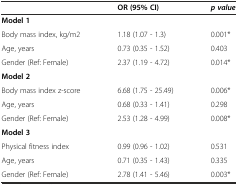
<table><thead><tr><td></td><td><b>OR (95% CI)</b></td><td><b><i>p value</i></b></td></tr></thead><tbody><tr><td><b>Model 1</b></td><td></td><td></td></tr><tr><td>Body mass index, kg/m2</td><td>1.18 (1.07 - 1.3)</td><td>0.001*</td></tr><tr><td>Age, years</td><td>0.73 (0.35 - 1.52)</td><td>0.403</td></tr><tr><td>Gender (Ref: Female)</td><td>2.37 (1.19 - 4.72)</td><td>0.014*</td></tr><tr><td><b>Model 2</b></td><td></td><td></td></tr><tr><td>Body mass index z-score</td><td>6.68 (1.75 - 25.49)</td><td>0.006*</td></tr><tr><td>Age, years</td><td>0.68 (0.33 - 1.41)</td><td>0.298</td></tr><tr><td>Gender (Ref: Female)</td><td>2.53 (1.28 - 4.99)</td><td>0.008*</td></tr><tr><td><b>Model 3</b></td><td></td><td></td></tr><tr><td>Physical fitness index</td><td>0.99 (0.96 - 1.02)</td><td>0.531</td></tr><tr><td>Age, years</td><td>0.71 (0.35 - 1.43)</td><td>0.335</td></tr><tr><td>Gender (Ref: Female)</td><td>2.78 (1.41 - 5.46)</td><td>0.003*</td></tr></tbody></table>